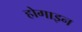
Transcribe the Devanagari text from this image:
होगाइन